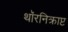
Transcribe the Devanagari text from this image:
थॉरनिक्राप्ट